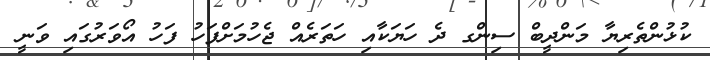
ކުޅުންތެރިޔާ މަންދީބް ސިންގ ދެ ހަޔަކާއި ހަތަރެއް ޖެހުމަށްފަހު ފަހު އޯވަރުގައި ވަނީ